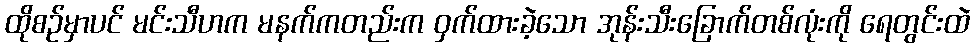
ထိုစဉ်မှာပင် မင်းသီဟက မနက်ကတည်းက ဝှက်ထားခဲ့သော အုန်းသီးခြောက်တစ်လုံးကို ရေတွင်းထဲ